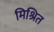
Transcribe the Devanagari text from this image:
मिश्रित